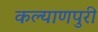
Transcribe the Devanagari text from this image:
कल्याणपुरी